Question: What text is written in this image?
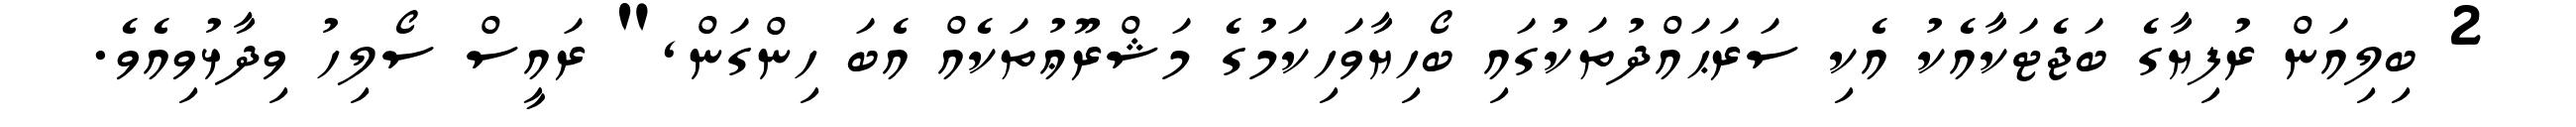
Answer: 2 ބިލިއަން ރުފިޔާގެ ބަޖެޓަކާއެކު އެކި ސަރަޙައްދުތަކުގައި ބޯހިޔާވަހިކަމުގެ މަޝްރޫޢުތަކެއް އެބަ ހިންގަން," ރައީސް ސޯލިހު ވިދާޅުވިއެވެ.